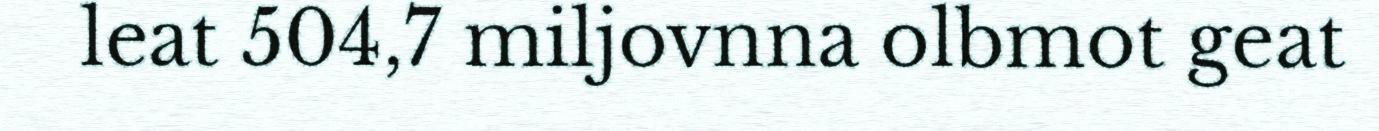
leat 504,7 miljovnna olbmot geat